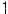
1